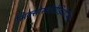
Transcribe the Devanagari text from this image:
मिक्सोस्पोरोडिऑसिस